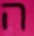
ה